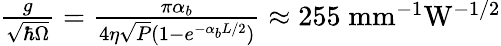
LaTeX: \begin{array}{r}{\frac{g}{\sqrt{\hbar\Omega}}=\frac{\pi\alpha_{b}}{4\eta\sqrt{P}(1-e^{-\alpha_{b}L/2})}\approx 255\; \mathrm{mm^{-1}W^{-1/2}}}\end{array}